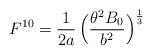
LaTeX: \begin{align*}F^{10}=\frac{1}{2a}\,\Bigl(\frac{\theta^2B_0}{b^2}\Bigr)^\frac{1}{3}\end{align*}